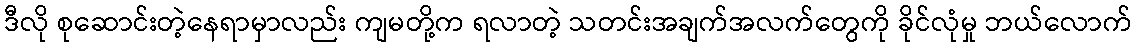
ဒီလို စုဆောင်းတဲ့နေရာမှာလည်း ကျမတို့က ရလာတဲ့ သတင်းအချက်အလက်တွေကို ခိုင်လုံမှု ဘယ်လောက်